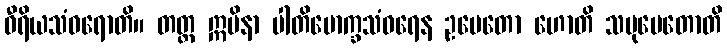
ဝီရိယသံဝရောတိ။ တတ္ထ ဣမိနာ ပါတိမောက္ခသံဝရေန ဥပေတော ဟောတိ သမုပေတောတိ